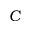
C